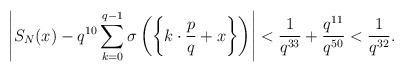
LaTeX: \begin{align*} \left| S_N (x) - q^{10}\sum_{k=0}^{q-1} \sigma \left( \left\{ k \cdot \frac{p}{q}+x\right\} \right)\right| < \frac{1}{q^{33}}+ \frac{q^{11}}{q^{50}} < \frac{1}{q^{32}} .\end{align*}